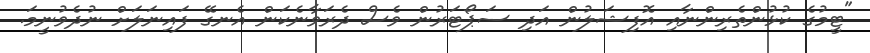
"ޓީމުގެ ކުޅުންތެރިންނާއި އޮފިޝަލުން އަދި ސަޕޯޓަރުން ވެސް ދެރަވާނެކަން އެނގޭ ފައިނަލަށް ނުދެވުނީމަ.